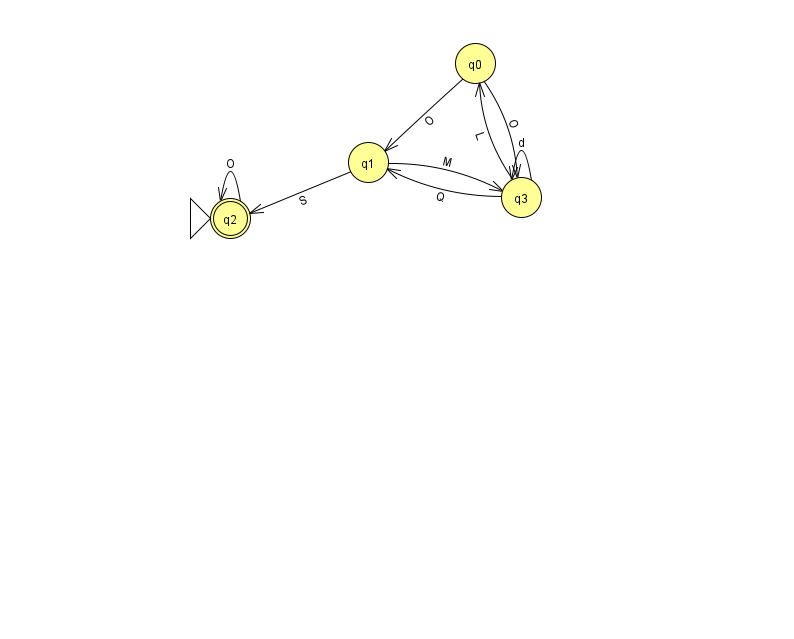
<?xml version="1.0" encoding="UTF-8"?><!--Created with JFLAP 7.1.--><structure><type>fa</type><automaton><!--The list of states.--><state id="0" name="q0"><x>475.0</x><y>50.0</y></state><state id="1" name="q1"><x>368.0</x><y>149.0</y></state><state id="2" name="q2"><x>230.0</x><y>205.0</y><initial/><final/></state><state id="3" name="q3"><x>521.0</x><y>184.0</y></state><!--The list of transitions.--><transition><from>1</from><to>2</to><read>S</read></transition><transition><from>1</from><to>3</to><read>M</read></transition><transition><from>3</from><to>3</to><read>d</read></transition><transition><from>0</from><to>1</to><read>O</read></transition><transition><from>0</from><to>3</to><read>O</read></transition><transition><from>3</from><to>0</to><read>L</read></transition><transition><from>2</from><to>2</to><read>O</read></transition><transition><from>3</from><to>1</to><read>Q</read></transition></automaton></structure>